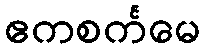
ဧကစင်္ကမေ